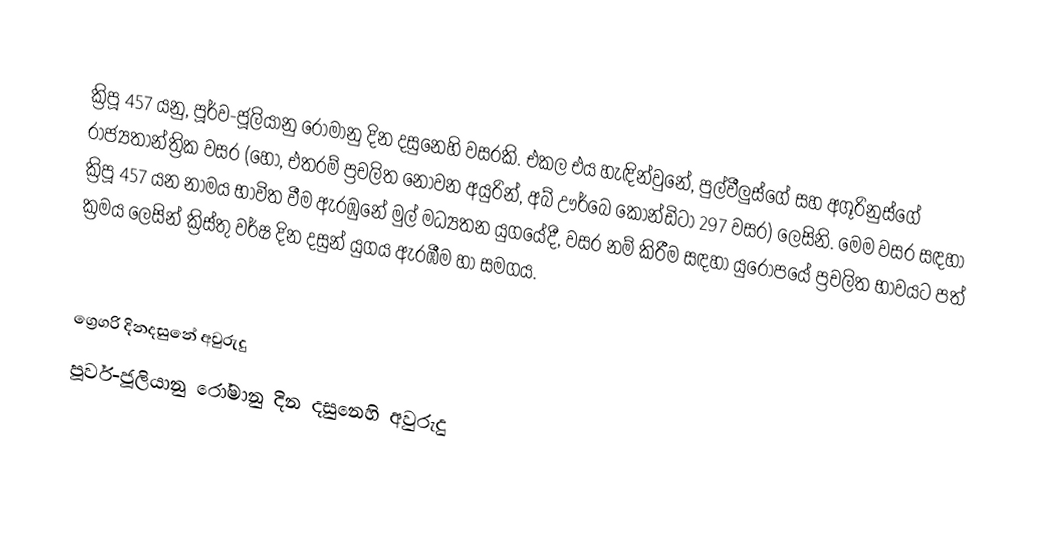

ක්‍රිපූ 457 යනු, පූර්ව-ජූලියානු රෝමානු දින දසුනෙහි වසරකි. එකල එය හැඳින්වුනේ, පුල්වීලුස්ගේ සහ අගූරිනුස්ගේ රාජ්‍යතාන්ත්‍රික වසර (හෝ, එතරම් ප්‍රචලිත නොවන අයුරින්, අබ් ඌර්බෙ කෝන්ඩිටා 297 වසර) ලෙසිනි. මෙම වසර සඳහා ක්‍රිපූ 457 යන නාමය භාවිත වීම ඇරඹුනේ මුල්  මධ්‍යතන යුගයේදී, වසර නම් කිරීම සඳහා යුරෝපයේ ප්‍රචලිත භාවයට පත් ක්‍රමය ලෙසින් ක්‍රිස්තු වර්ෂ දින දසුන් යුගය ඇරඹීම හා සමගය.

ග්‍රෙගරි දිනදසුනේ අවුරුදු
පූර්ව-ජූලියානු රෝමානු දින දසුනෙහි අවුරුදු